Madras plague regulations and rules for district municipalities and other towns and villages
Disease focus: Plague
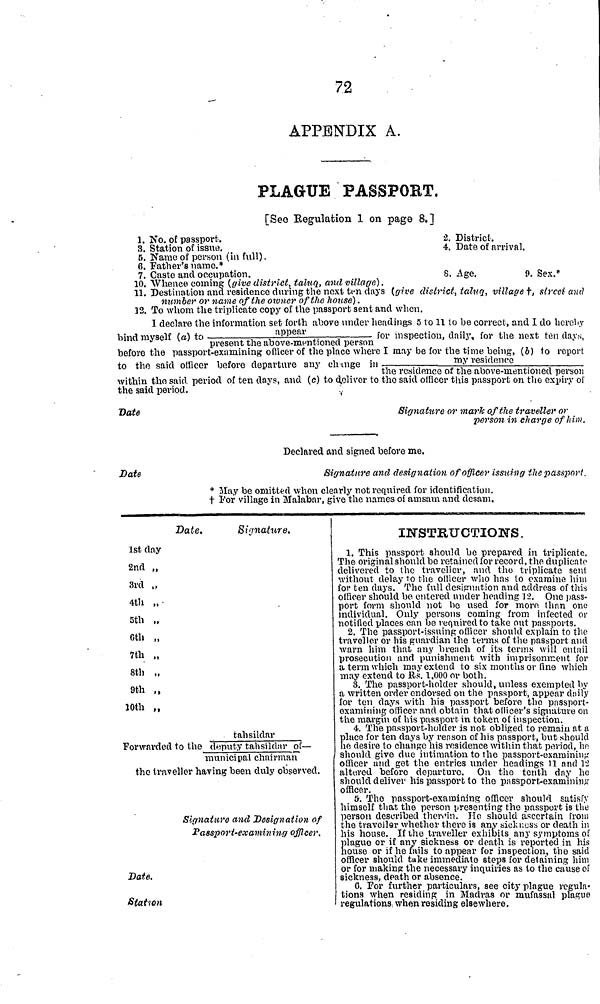
72
APPENDIX A.
PLAGUE PASSPORT.
[See Regulation 1 on page 8.]
1. No. of passport.
3. Station of issue.
B. Name of person (in full) .
6. Father's name.*
7. Caste and occupation.
2. District.
4. Date of arrival.
8. Age.
9. Sex.*
10. Whence coining (give district, taluq, and village).
11.
Destinatio
"
" ' " next
number
house) .
12. To whom the triplicate copy ol the passport sent and when.
1
declare the information set forth above under headings 5 to 11 to be correct, and I do he
bind myself (a) to
appear
for
inspection,
daily
for the next ten days,
present the above-mentioned person
before the passport-examining officer of the place where I may be for the time being, (b) to report
to the said officer before departure any change in
my
residence
the residence of the above-mentioned person
within the sairl period of ten days, and (c) to deliver to the said officer this passport on the expiry of
the said
period.
Date
Signature or mark of the traveller or
person in charge of him,
Declared and signed before me.
Date
Signature and designation of officer issuing t.he passport.
* May be omitted when clearly not required for identification.
† For village in Malabar, give the names of amsam and desam.
Date.
1st day
2nd „
3rd „
4th „
5th „
6th „
7th „
8th „
9th ,,
10th ,,
Signature.
tahsildar
Forwarded to the deputy tahsildnr of —
municipal chairman
the traveller having been duly observed.
Signature and Designation of
Passport-examining officer.
Date.
Station
INSTRUCTIONS.
1. This passport should be prepared in triplicate.
The original should be retained for record, the duplicate
delivered to tho traveller, and tho triplicate sent
without delay to the officer who has to examine him
for ten days. The full designation and address of this
officer should be entered under heading 12. One pass-
port form should not be used for more than one
individual. Only persons coming from infected or
notified places can be required to take out passports.
2. The passport-issuing officer should explain to the
traveller or his guardian the terms of the passport and
warn him that any breach of its terms will entail
prosecution and punishment with imprisonment for
a term which may extend to six months or fine which
may extend to Rs. 1,000 or both.
8. The passport-holder should, unless exempted by
a written order endorsed on the passport, appear daily
for ton days with his passport before the passport-
examining officer and obtain that officer's signature on
the margin of his passport in token of inspection.
4.
The passport-holder is not obliged to remain at
place for ten days by reason of his passport, but should
he desire to change his residence within that period, he
should give due intimation to the passport-examining
officer and get the entries under headings 11 and 12
altered before departure. On the tenth day he
should deliver his passport to the passport-examining
officer.
5. The passport-examining officer should satisfy
himself that the person presenting the passport is the
person described therein. He should ascertain from
the traveller whether there is any sickness or death in
his house. If the traveller exhibits any symptoms of
plague or if any sickness or death is reported in his
house or if he fails to appear for inspection, the said
officer should take immediate steps for detaining him
or for making the necessary inquiries as to the cause cf
sickness, death or absence.
6. For further particulars, see city plague regula-
tions when residing in Madras or mufassal plague
regulations when residing elsewhere.